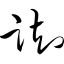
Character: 踟